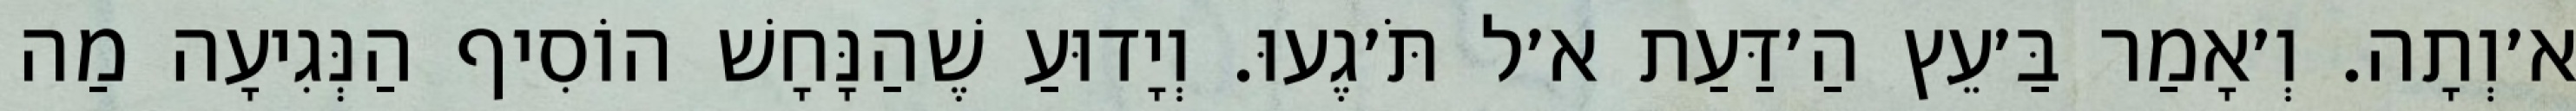
א׳וְתָה. וְ׳אָמַר בַּ׳עֵּץ הַ׳דַּעַת א׳ל תֹּ׳גֶעוּ. וְיָדוּעַ שֶׁהַנָּחָשׁ הוֹסִיף הַנְּגִיעָה מַה